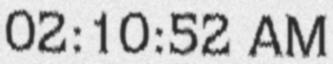
02:10:52 AM